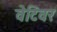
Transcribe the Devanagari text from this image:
वेटिवर